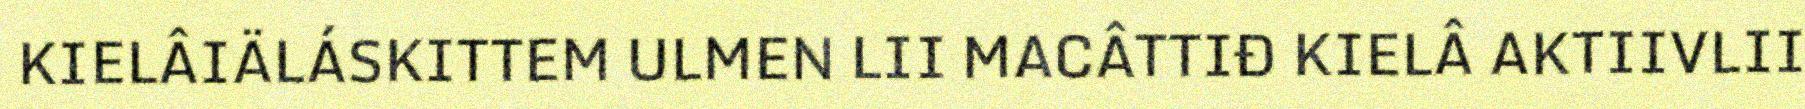
KIELÂIÄLÁSKITTEM ULMEN LII MACÂTTIĐ KIELÂ AKTIIVLII